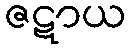
ဇဋာယ